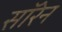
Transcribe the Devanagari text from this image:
सॉरेन